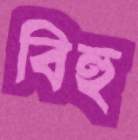
বিহু